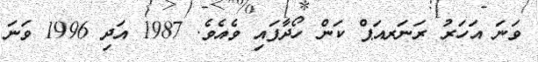
ވަނަ އަހަރު ރަނަރއަޕް ކަން ހޯދާފައި ވެއެވެ. 1987 އަދި 1996 ވަނަ